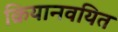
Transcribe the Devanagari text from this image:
क्रियानवयित